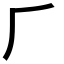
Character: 𠂆